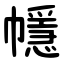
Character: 㡥